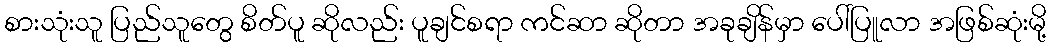
စားသုံးသူ ပြည်သူတွေ စိတ်ပူ ဆိုလည်း ပူချင်စရာ ကင်ဆာ ဆိုတာ အခုချိန်မှာ ပေါ်ပြူလာ အဖြစ်ဆုံးမို့